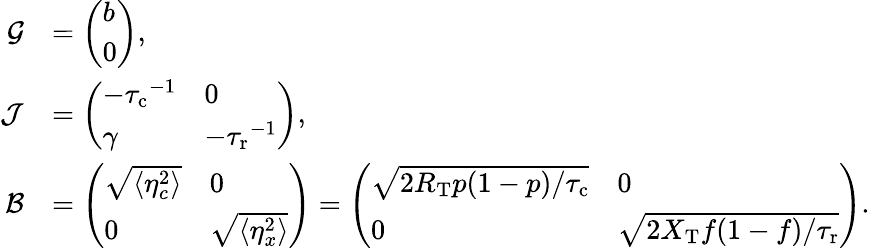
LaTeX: \begin{array}{rl}{\mathcal{G}}&{=\left(\begin{array}{l}{b}\\ {0}\end{array}\right),}\\ {\mathcal J}&{=\left(\begin{array}{ll}{-{\tau_{\mathrm{c}}}^{-1}}&{0}\\ {\gamma}&{-{\tau_{\mathrm{r}}}^{-1}}\end{array}\right),}\\ {\mathcal{B}}&{=\left(\begin{array}{ll}{\sqrt{\langle\eta_{c}^{2}\rangle}}&{0}\\ {0}&{\sqrt{\langle\eta_{x}^{2}\rangle}}\end{array}\right)=\left(\begin{array}{ll}{\sqrt{2R_{\mathrm{T}}p(1-p)/{\tau_{\mathrm{c}}}}}&{0}\\ {0}&{\sqrt{2X_{\mathrm{T}}f(1-f)/{\tau_{\mathrm{r}}}}}\end{array}\right).}\end{array}